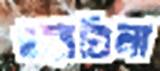
ওয়াতিলা